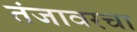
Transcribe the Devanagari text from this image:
तंजावरचा